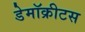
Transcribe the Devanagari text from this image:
डेमॉक्रीटस